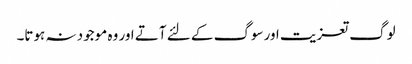
لوگ تعزیت اورسوگ کے لئے آتے اور وہ موجود نہ ہوتا۔